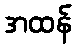
အထန်